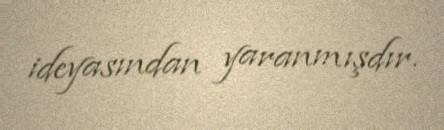
ideyasından yaranmışdır.